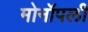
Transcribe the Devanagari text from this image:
मोनॉपली